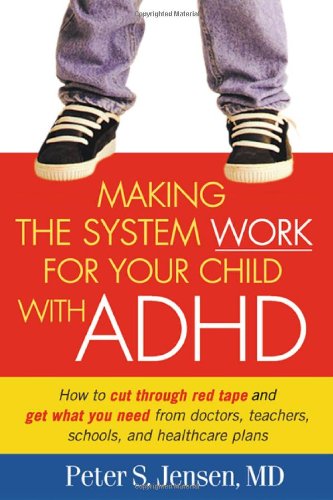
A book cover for Making the System Work for Your Child with ADHD; Peter S. Jensen MD; Parenting & Relationships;